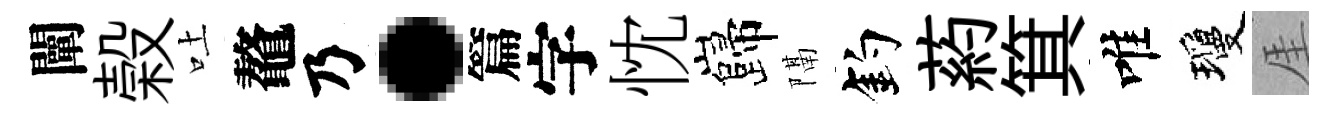
闡榖吐鼇乃·篇字忱巋隔釣葯箕唯瓊厓